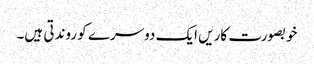
خوبصورت کاریں ایک دوسرے کو روندتی ہیں۔